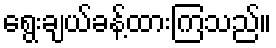
ရွေးချယ်ခန့်ထားကြသည်။